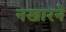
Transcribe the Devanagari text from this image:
नखारने